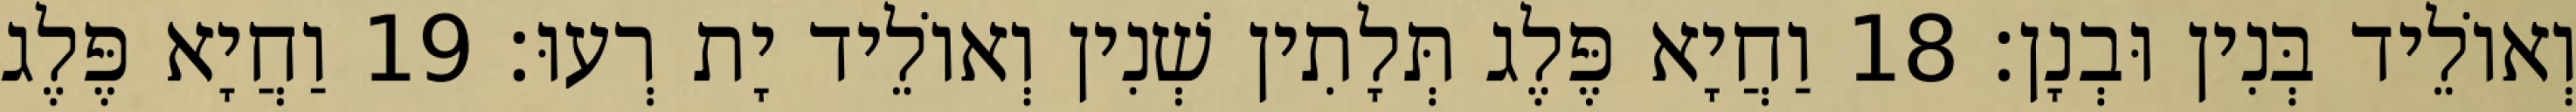
וְאוֹלֵיד בְּנִין וּבְנָן׃ 18 וַחֲיָא פֶּלֶג תְּלָתִין שְׁנִין וְאוֹלֵיד יָת רְעוּ׃ 19 וַחֲיָא פֶּלֶג